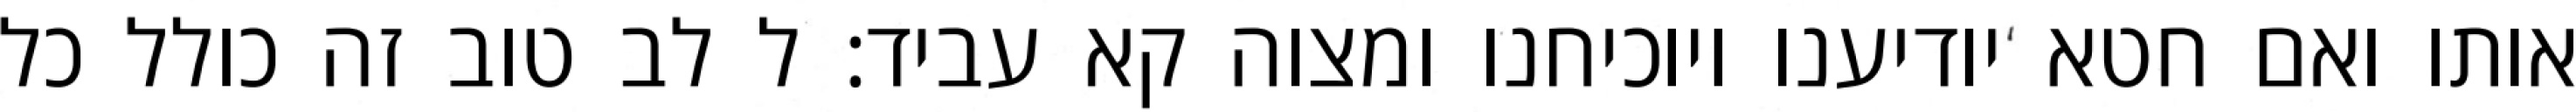
אותו ואם חטא יודיענו ויוכיחנו ומצוה קא עביד: ל לב טוב זה כולל כל